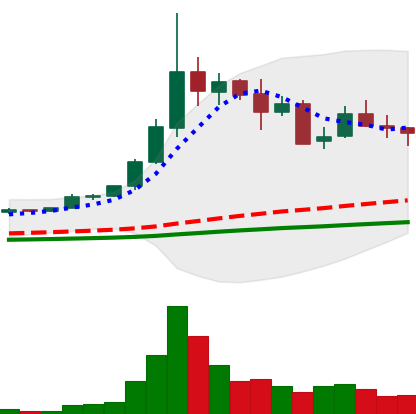
Ticker: ETC-USD
Chart end date: 2021-05-17
Forward return: -34.913%
Label: down_7plus